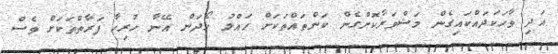
އަދި ވާހަކަދައްކައިގެން މަޝްވަރާކޮށްގެން ކަންތައްތަކަށް ހައްލު ހޯދަން އޭނާ ހުރިހާ ފަރާތްތަކަށް ވެސް